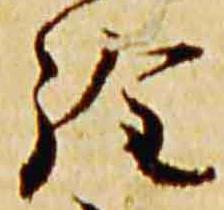
詮